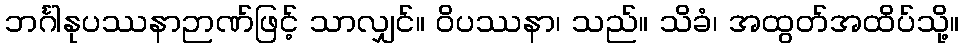
ဘင်္ဂါနုပဿနာဉာဏ်ဖြင့် သာလျှင်။ ဝိပဿနာ၊ သည်။ သိခံ၊ အထွတ်အထိပ်သို့။